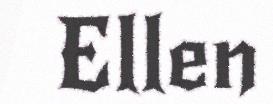
Ellen